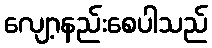
လျော့နည်းစေပါသည်